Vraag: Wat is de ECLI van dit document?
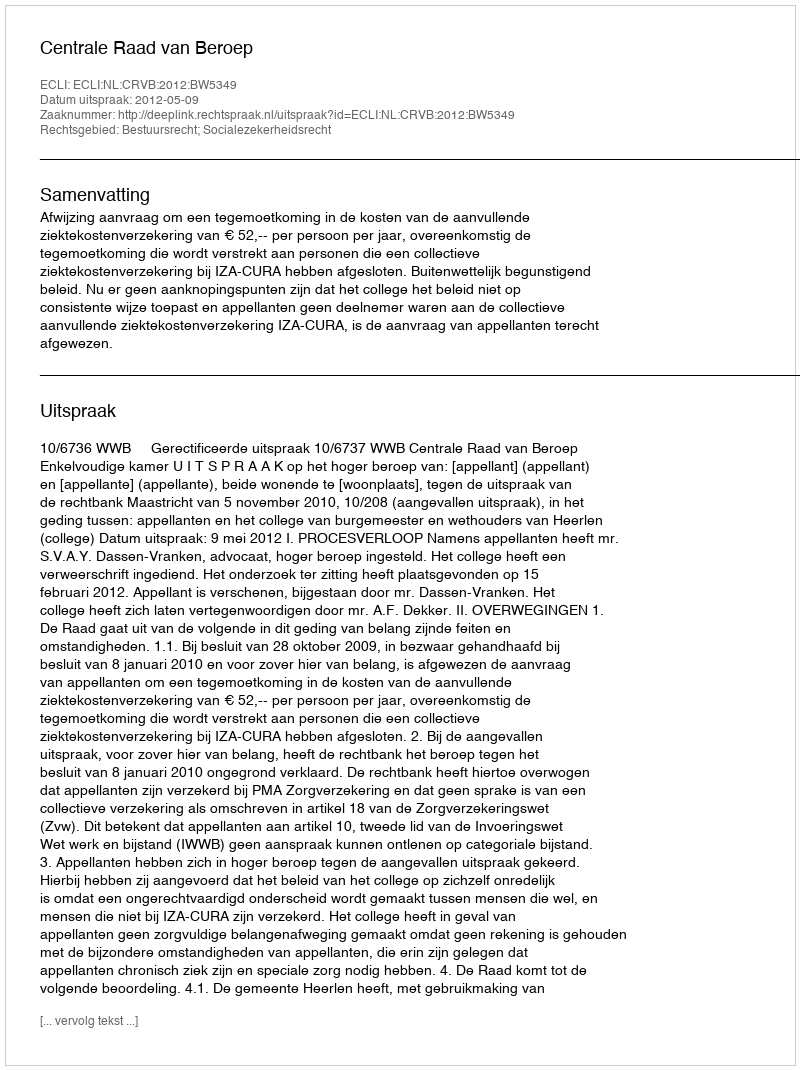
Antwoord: ECLI:NL:CRVB:2012:BW5349